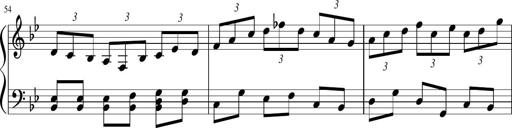
Title: Sonatina in F major
Composer: Ethan Ngo
Key: F major